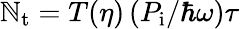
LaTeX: \mathbb{N}_{\mathrm{{t}}}=T(\eta)\left(P_{\mathrm{{i}}}/\hbar\omega\right)\tau